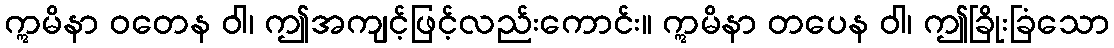
ဣမိနာ ဝတေန ဝါ၊ ဤအကျင့်ဖြင့်လည်းကောင်း။ ဣမိနာ တပေန ဝါ၊ ဤခြိုးခြံသော